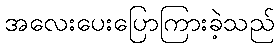
အလေးပေးပြောကြားခဲ့သည်